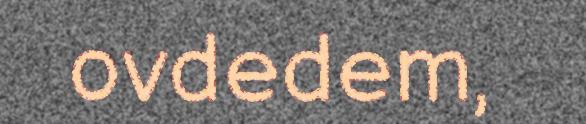
ovdedem,